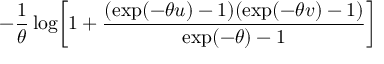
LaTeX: - { \frac { 1 } { \theta } } \log \! \left[ 1 + { \frac { ( \exp ( - \theta u ) - 1 ) ( \exp ( - \theta v ) - 1 ) } { \exp ( - \theta ) - 1 } } \right]